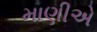
માણીએ